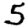
Digit: 5